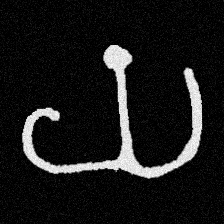
Pyu character \u2014 Myanmar letter: ယ (romanized: ya)